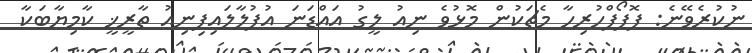
ނުކުރެވޭނެ: ޕޮޕޯފްހުރިހާ މެޗަކުން މޮޅުވެ ނިއު ލީގު އައްޑަނަ އުފުލާލައިފިނިއު ތާރީޚީ ކާމިޔާބަކާ